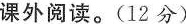
课外阅读。（12分）